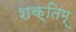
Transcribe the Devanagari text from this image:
शक्तिम्‌